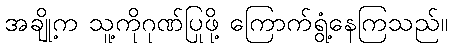
အချို့က သူ့ကိုဂုဏ်ပြုဖို့ ကြောက်ရွံ့နေကြသည်။